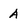
Character: A